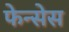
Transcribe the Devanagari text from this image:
फेन्सेस